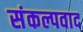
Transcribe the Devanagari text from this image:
संकल्पवाद